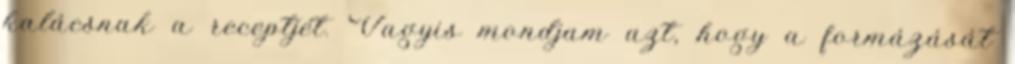
kalácsnak a receptjét. Vagyis mondjam azt, hogy a formázását